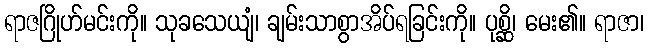
ရာဇဂြိုဟ်မင်းကို။ သုခသေယျံ၊ ချမ်းသာစွာအိပ်ရခြင်းကို။ ပုစ္ဆိ၊ မေး၏။ ရာဇာ၊